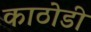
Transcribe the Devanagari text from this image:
काठोडी